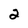
Character: 2